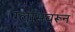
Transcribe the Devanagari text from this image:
ग्लासवरून